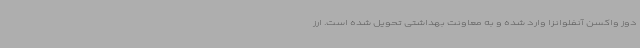
دوز واکسن آنفلوانزا وارد شده و به معاونت بهداشتی تحویل شده است. ارز